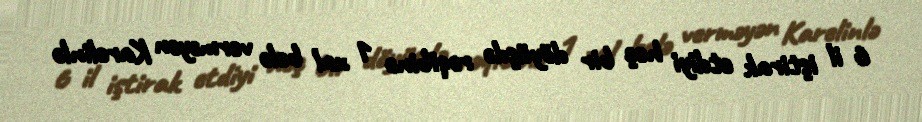
6 il iştirak etdiyi heç bir döyüşdə rəqibinə 1 xal belə verməyən Karelinlə